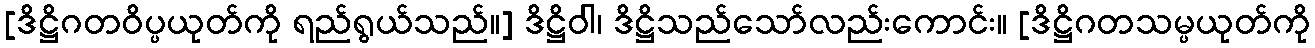
[ဒိဋ္ဌိဂတဝိပ္ပယုတ်ကို ရည်ရွယ်သည်။] ဒိဋ္ဌိဝါ၊ ဒိဋ္ဌိသည်သော်လည်းကောင်း။ [ဒိဋ္ဌိဂတသမ္ပယုတ်ကို